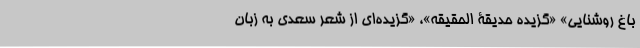
باغ روشنایی» «گزیده حدیقة الحقیقه»، «گزیده‌ای از شعر سعدی به زبان